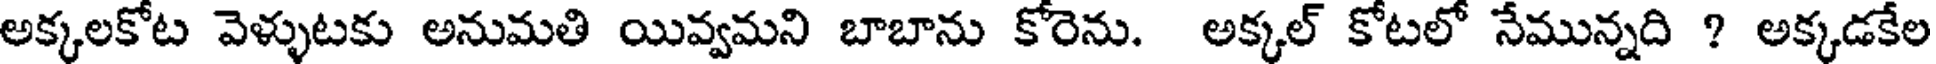
అక్కలకోట వెళ్ళుటకు అనుమతి యివ్వమని బాబాను కోరెను. అక్కల్ కోటలో నేమున్నది ? అక్కడకేల